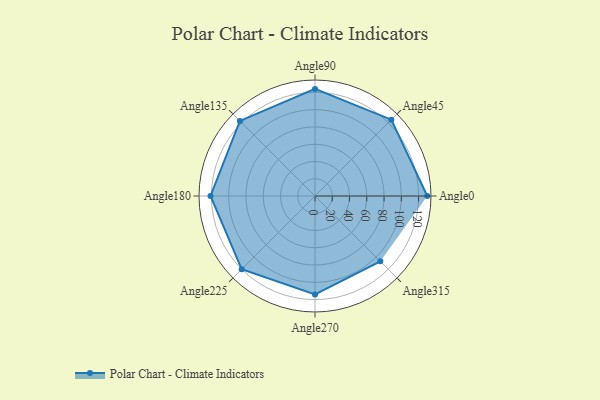
{"axis": {"x": "Angle", "y": "Radius"}, "legend": [""], "data": [{"x": "Angle0", "y": 130.0, "type": ""}, {"x": "Angle45", "y": 125.0, "type": ""}, {"x": "Angle90", "y": 124.0, "type": ""}, {"x": "Angle135", "y": 123.0, "type": ""}, {"x": "Angle180", "y": 121.0, "type": ""}, {"x": "Angle225", "y": 120.0, "type": ""}, {"x": "Angle270", "y": 114.0, "type": ""}, {"x": "Angle315", "y": 107.0, "type": ""}]}